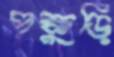
পক্কুড়ি